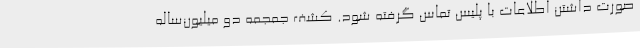
صورت داشتن اطلاعات با پلیس تماس گرفته شود. کشف جمجمه دو میلیون‌ساله